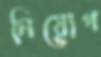
নিয়োগ